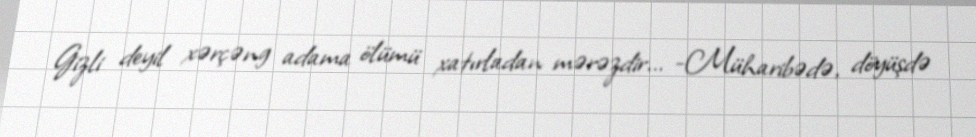
Gizli deyil xərçəng adama ölümü xatırladan mərəzdir... -Müharibədə, döyüşdə